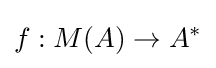
f:M(A)\to A^{*}